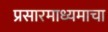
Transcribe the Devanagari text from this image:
प्रसारमाध्यमाचा